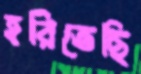
হরিতেছি